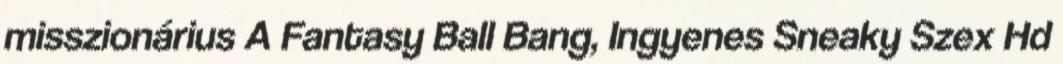
misszionárius A Fantasy Ball Bang, Ingyenes Sneaky Szex Hd